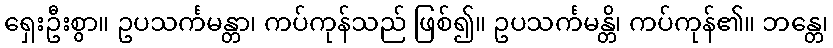
ရှေးဦးစွာ။ ဥပသင်္ကမန္တာ၊ ကပ်ကုန်သည် ဖြစ်၍။ ဥပသင်္ကမန္တိ၊ ကပ်ကုန်၏။ ဘန္တေ၊